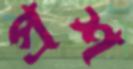
প্রশ